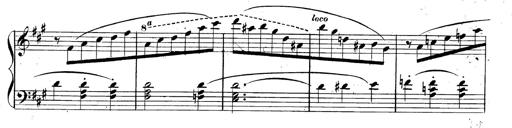
Title: 3 Caprices-Valses
Composer: Franz Liszt